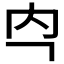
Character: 𭀻